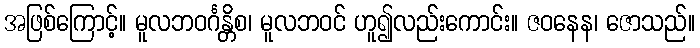
အဖြစ်ကြောင့်။ မူလဘဝင်္ဂန္တိစ၊ မူလဘဝင် ဟူ၍လည်းကောင်း။ ဇဝနေန၊ ဇောသည်။